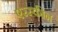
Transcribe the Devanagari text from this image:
एरस्कीन